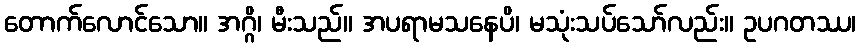
တောက်လောင်သော။ အဂ္ဂိ၊ မီးသည်။ အပရာမသနေပိ၊ မသုံးသပ်သော်လည်း။ ဥပဂတဿ၊